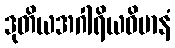
ဒုတိယအဂါရိယဝိမာနံ